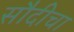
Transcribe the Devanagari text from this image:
सौदीचा